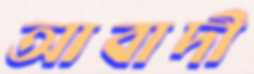
আবাদী